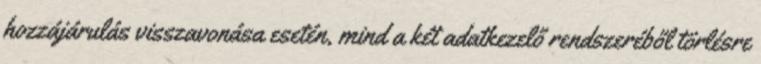
hozzájárulás visszavonása esetén, mind a két adatkezelő rendszeréből törlésre